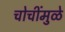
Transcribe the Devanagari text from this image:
चोचींमुळे